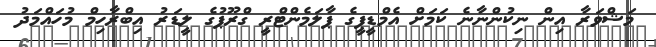
މަޝްވަރާ އިން ނިކުންނާނެ ކަމަށް އެމްޑީޕީގެ ޕާލަމެންޓްރީ ގްރޫޕުގެ ލީޑަރު އިބްރާހިމް މުހައްމަދު